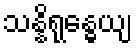
သန္နိရုန္ဓေယျ